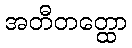
အတီတတ္ထော